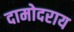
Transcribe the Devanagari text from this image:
दामोदराय